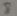
Text: 8